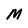
Character: M